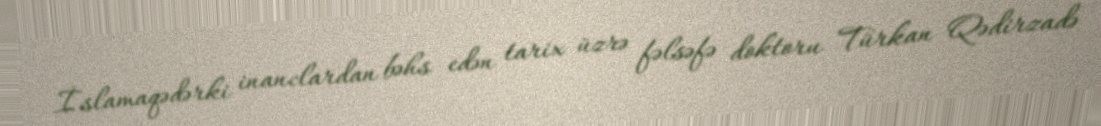
İslamaqədərki inanclardan bəhs edən tarix üzrə fəlsəfə doktoru Türkan Qədirzadə